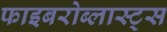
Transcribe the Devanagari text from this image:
फाइबरोब्लास्ट्स